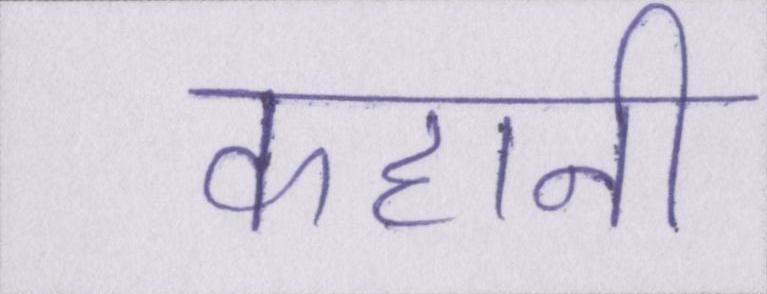
कहानी